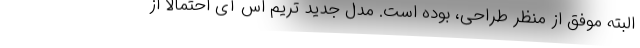
البته موفق از منظر طراحی، بوده است. مدل جدید تریم اس آی احتمالا از